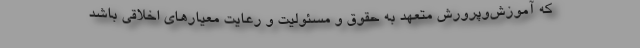
که آموزش‌وپرورش متعهد به حقوق و مسئولیت و رعایت معیارهای اخلاقی باشد